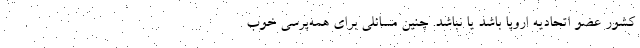
کشور عضو اتحادیه اروپا باشد یا نباشد. چنین مسائلی برای همه‌پرسی خوب